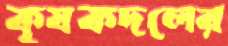
কৃষকদলের